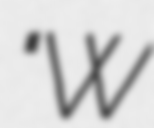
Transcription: "W